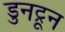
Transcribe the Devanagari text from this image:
डुनट्रून